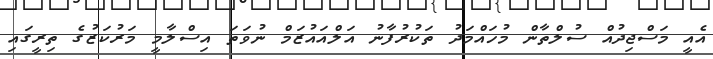
އެއީ މަސްޖިދުއް ސުލްތާން މުހައްމަދު ތަކުރުފާނު އަލްއައުޒަމް ނުވަތަ އިސްލާމީ މަރުކަޒުގެ ތިރީގައި